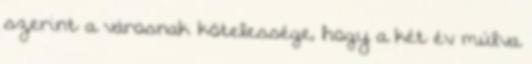
szerint a városnak kötelessége, hogy a két év múlva